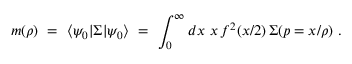
m ( \rho ) \ = \ \langle \psi _ { 0 } | \Sigma | \psi _ { 0 } \rangle \ = \ \int _ { 0 } ^ { \infty } { d x \ x \, f ^ { 2 } ( x / 2 ) \, \Sigma ( p = x / \rho ) } \ .